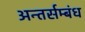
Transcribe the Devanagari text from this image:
अन्तर्सम्बंध